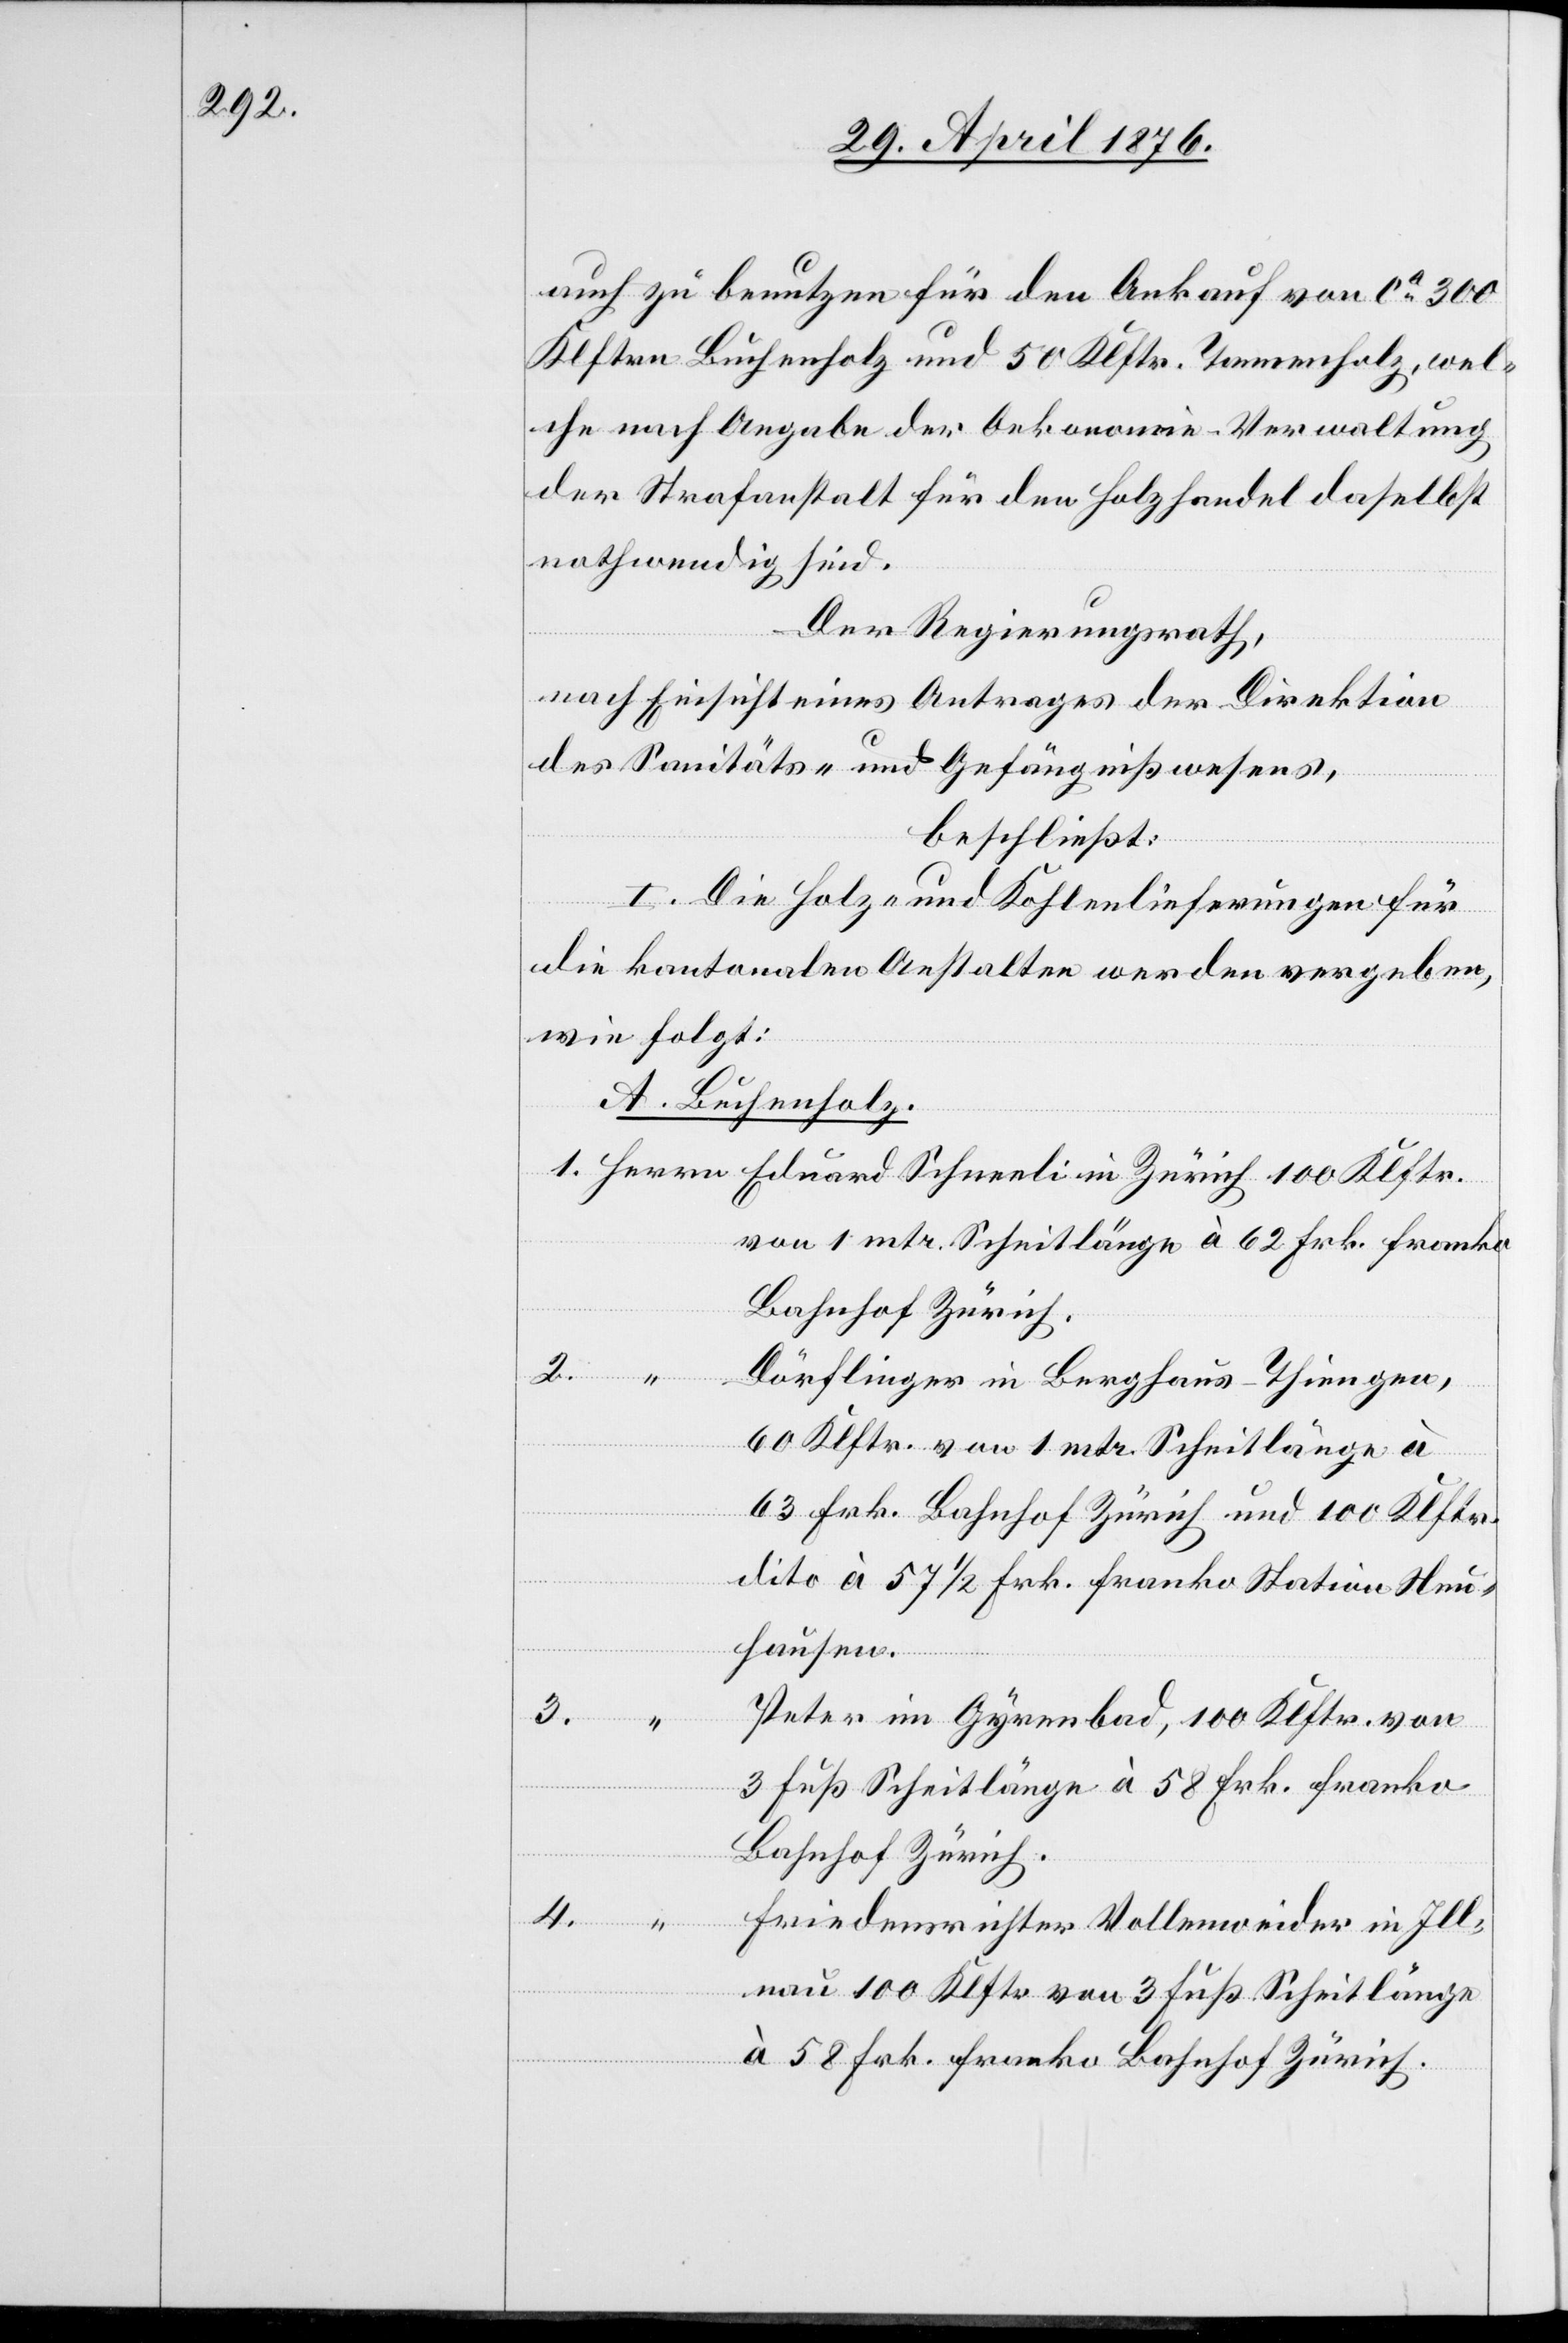
auch zu benutzen für den Ankauf von ca 300
Klftrn Buchenholz und 50 Klftr. Tannenholz, wel¬
che nach Angabe der Oekonomie-Verwaltung
der Strafanstalt für den Holzhandel daselbst
nothwendig sind.
Der Regierungsrath,
nach Einsicht eines Antrages der Direktion
des Sanitäts- und Gefängnißwesens
beschließt:
I. Die Holz- und Kohlelieferungen für
die kantonalen Anstalten werden vergeben,
wie folgt:
A. Buchenholz:
von 1 mtr. Scheitlänge à 62 Frk. franko
Bahnhof Zürich.
2.
Dörflinger in Berghaus - Thiengen,
60 Klftr. von 1 mtr. Scheitlänge à
63 Frk. Bahnhof Zürich und 100 Klftr.
dito à 57 1/2 Frk. franko Station Neu¬
hausen.
3.
Peter im Gyrenbad, 100 Klftr. von
3 Fuß Scheitlänge à 58 Frk. franko
Friedensrichter Vollenweider in Ill¬
nau 100 Klftr von 3 Fuß Scheitlänge
à 58 Frk. franko Bahnhof Zürich.